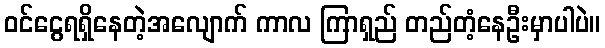
ဝင်ငွေရရှိနေတဲ့အလျောက် ကာလ ကြာရှည် တည်တံ့နေဦးမှာပါပဲ။